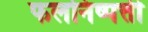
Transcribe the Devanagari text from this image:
फलनिष्पत्ती